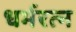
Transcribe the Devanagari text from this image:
धर्मरत्न